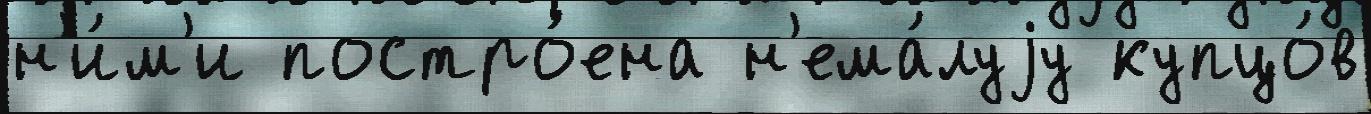
н'и́м'и постро́ена н'ема́луjу купцо́в